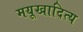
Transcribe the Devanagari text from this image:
मयूखादित्य